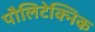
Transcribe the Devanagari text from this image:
पौलिटेक्निक